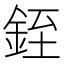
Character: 銍